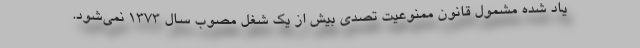
یاد شده مشمول قانون ممنوعیت تصدی بیش از یک شغل مصوب سال 1373 نمی‌‌شود.